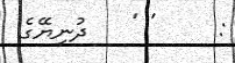
:     ' '   ދުނިޔޭގެ